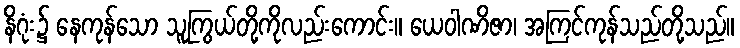
နိဂုံး၌ နေကုန်သော သူကြွယ်တို့ကိုလည်းကောင်း။ ယေဝါဏိဇာ၊ အကြင်ကုန်သည်တို့သည်။